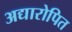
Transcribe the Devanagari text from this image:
अद्यारोपित